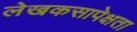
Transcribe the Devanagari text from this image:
लेखकसापेक्षता